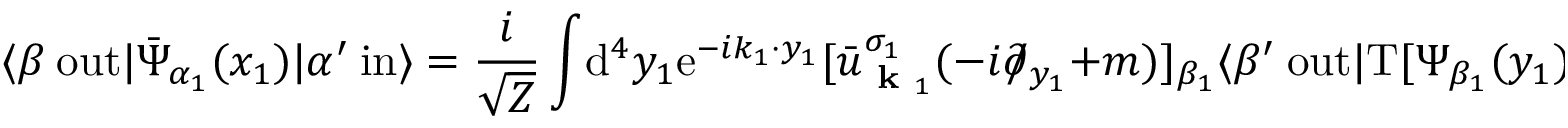
\langle \beta \ \mathrm { o u t } | { \bar { \Psi } } _ { \alpha _ { 1 } } ( x _ { 1 } ) | \alpha ^ { \prime } \ \mathrm { i n } \rangle = { \frac { i } { \sqrt { Z } } } \int \! \mathrm { d } ^ { 4 } y _ { 1 } \mathrm { e } ^ { - i k _ { 1 } \cdot y _ { 1 } } [ { \bar { u } } _ { { \textbf { k } } _ { 1 } } ^ { \sigma _ { 1 } } ( - i \partial \! \! \! / _ { y _ { 1 } } + m ) ] _ { \beta _ { 1 } } \langle \beta ^ { \prime } \ \mathrm { o u t } | \mathrm { T } [ \Psi _ { \beta _ { 1 } } ( y _ { 1 } ) { \bar { \Psi } } _ { \alpha _ { 1 } } ( x _ { 1 } ) ] | \alpha ^ { \prime } \ \mathrm { i n } \rangle .